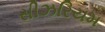
સીઝરિયમ